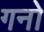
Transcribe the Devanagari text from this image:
गनो